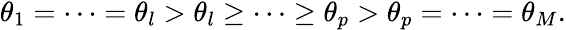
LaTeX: \begin{array}{r}{\theta_{1}=\cdots=\theta_{l}>\theta_{l}\ge\cdots\ge\theta_{p}>\theta_{p}=\cdots=\theta_{M}.}\end{array}